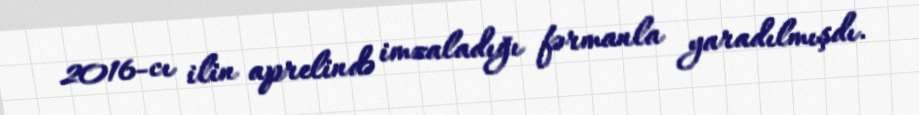
2016-cı ilin aprelində imzaladığı fərmanla yaradılmışdı.